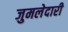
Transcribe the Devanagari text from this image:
जुमलेदारी